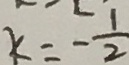
k = - \frac { 1 } { 2 }